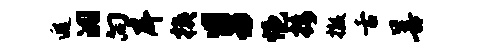
遐洞向戽挟舅悒接撤舌善